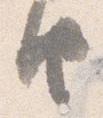
由